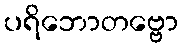
ပရိဘောတဗ္ဗော